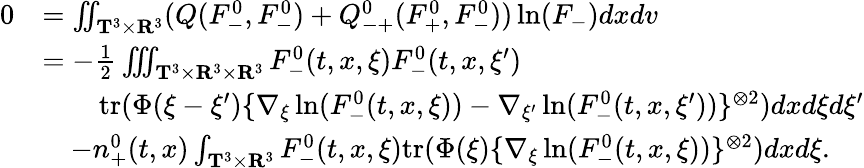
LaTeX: \begin{array}{rl}{0}&{=\iint_{\mathbf T^{3}\times\mathbf R^{3}}(Q(F_{-}^{0},F_{-}^{0})+Q_{-+}^{0}(F_{+}^{0},F_{-}^{0}))\ln(F_{-})dxdv}\\ &{=-\frac{1}{2}\iiint_{\mathbf T^{3}\times\mathbf R^{3}\times\mathbf R^{3}}F_{-}^{0}(t,x,\xi)F_{-}^{0}(t,x,\xi^{\prime})}\\ &{\quad\quad\mathrm{tr}(\Phi(\xi-\xi^{\prime})\{ \nabla_{\xi}\ln(F_{-}^{0}(t,x,\xi))-\nabla_{\xi^{\prime}}\ln(F_{-}^{0}(t,x,\xi^{\prime}))\} ^{\otimes 2})dxd\xi d\xi^{\prime}}\\ &{\quad-n_{+}^{0}(t,x)\int_{\mathbf T^{3}\times\mathbf R^{3}}F_{-}^{0}(t,x,\xi)\mathrm{tr}(\Phi(\xi)\{ \nabla_{\xi}\ln(F_{-}^{0}(t,x,\xi))\} ^{\otimes 2})dxd\xi.}\end{array}